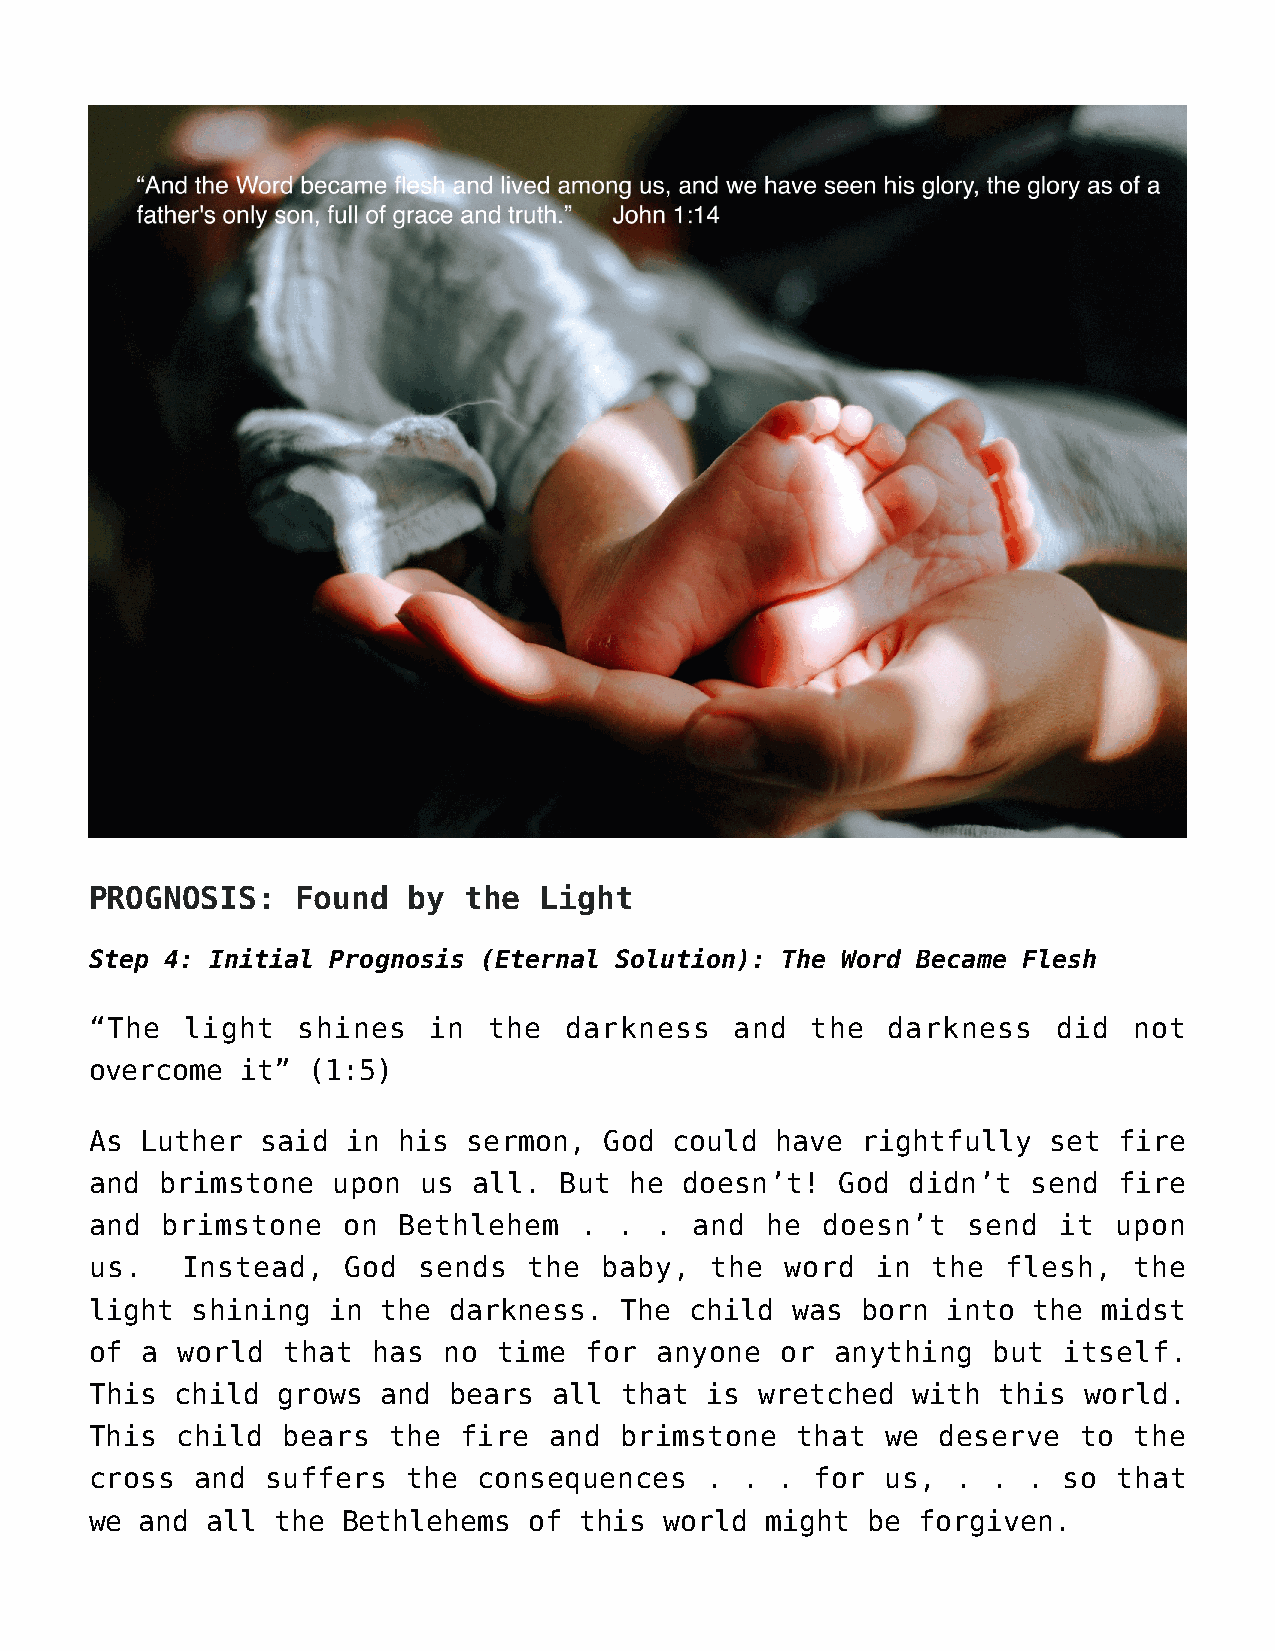
PROGNOSIS:    Found  by  the  Light
 Step 4: Initial Prognosis (Eternal Solution): The Word Became Flesh
 “The  light   shines  in  the  darkness    and  the  darkness   did  not
 overcome  it” (1:5)
 As Luther  said  in his  sermon,  God  could have  rightfully  set  fire
 and brimstone   upon  us all.  But  he doesn’t!   God didn’t  send  fire
 and  brimstone   on Bethlehem   .  . .  and  he doesn’t   send  it  upon
 us.   Instead,   God  sends  the  baby,  the  word  in  the  flesh,  the
 light  shining  in the  darkness.  The  child was  born  into the  midst
 of a  world  that  has no  time  for  anyone  or anything   but itself.
 This  child grows  and  bears  all that  is wretched  with  this  world.
 This  child  bears  the  fire and  brimstone   that  we deserve   to the
 cross  and  suffers  the  consequences   . .  . for  us, .  . . so  that
 we and  all the  Bethlehems  of this  world  might be  forgiven.